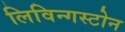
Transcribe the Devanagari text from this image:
लिविन्गस्टोन